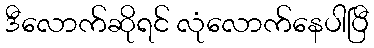
ဒီလောက်ဆိုရင် လုံလောက်နေပါပြီ